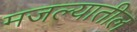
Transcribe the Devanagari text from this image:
मजल्यातील